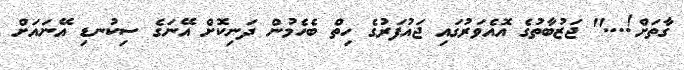
ގާތަށް!...'' ޖަޒުބާތުގެ އޮއެވަރުގައި ޖައުފަރުގެ ހިތް ބެހެމުން ދަނިކޮށް އޭނަގެ ސިކުނޑި އޭނައަށް